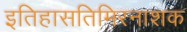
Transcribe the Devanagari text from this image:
इतिहासतिमिरनाशक